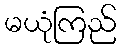
မယုံကြည်